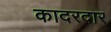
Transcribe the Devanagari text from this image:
कादरदार